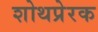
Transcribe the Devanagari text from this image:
शोथप्रेरक